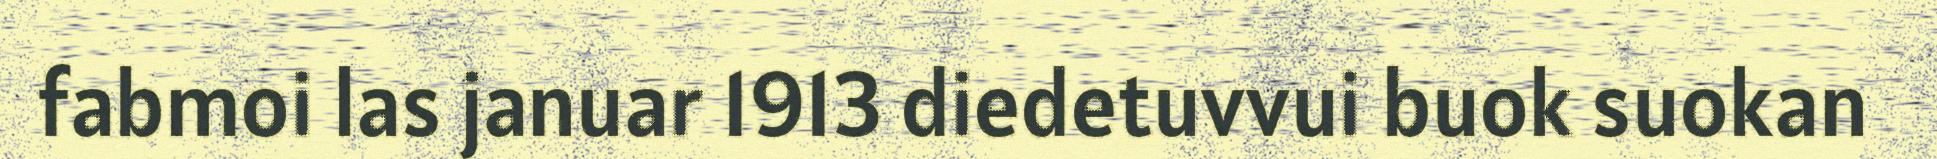
fabmoi las januar 1913 diedetuvvui buok suokan